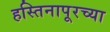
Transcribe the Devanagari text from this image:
हस्तिनापूरच्या